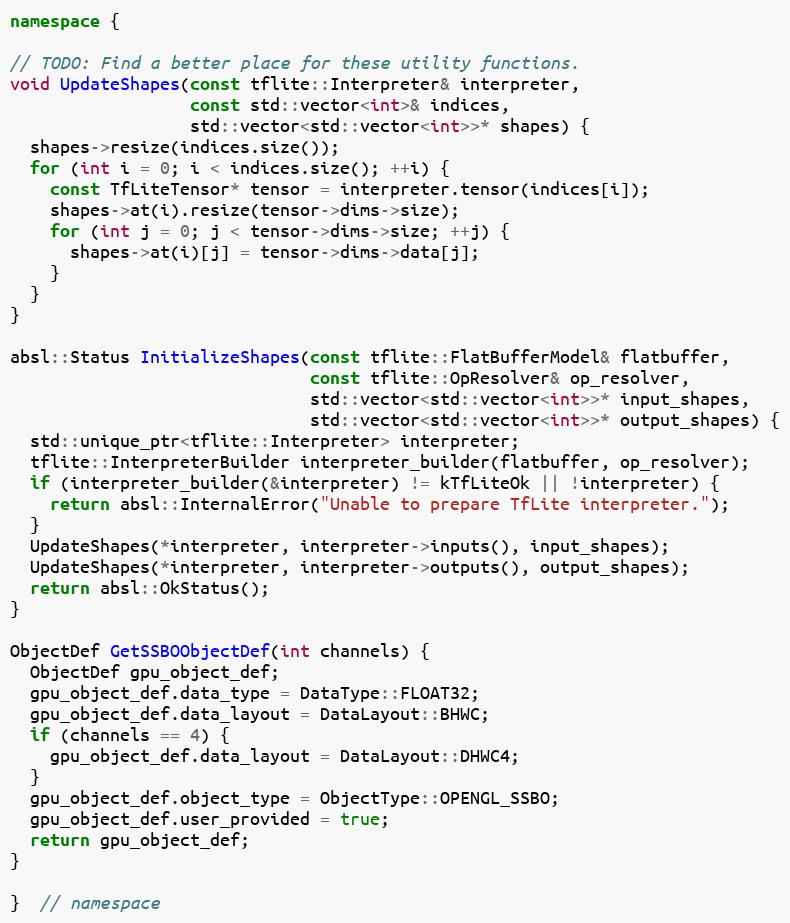
Language: C++
namespace {

// TODO: Find a better place for these utility functions.
void UpdateShapes(const tflite::Interpreter& interpreter,
                  const std::vector<int>& indices,
                  std::vector<std::vector<int>>* shapes) {
  shapes->resize(indices.size());
  for (int i = 0; i < indices.size(); ++i) {
    const TfLiteTensor* tensor = interpreter.tensor(indices[i]);
    shapes->at(i).resize(tensor->dims->size);
    for (int j = 0; j < tensor->dims->size; ++j) {
      shapes->at(i)[j] = tensor->dims->data[j];
    }
  }
}

absl::Status InitializeShapes(const tflite::FlatBufferModel& flatbuffer,
                              const tflite::OpResolver& op_resolver,
                              std::vector<std::vector<int>>* input_shapes,
                              std::vector<std::vector<int>>* output_shapes) {
  std::unique_ptr<tflite::Interpreter> interpreter;
  tflite::InterpreterBuilder interpreter_builder(flatbuffer, op_resolver);
  if (interpreter_builder(&interpreter) != kTfLiteOk || !interpreter) {
    return absl::InternalError("Unable to prepare TfLite interpreter.");
  }
  UpdateShapes(*interpreter, interpreter->inputs(), input_shapes);
  UpdateShapes(*interpreter, interpreter->outputs(), output_shapes);
  return absl::OkStatus();
}

ObjectDef GetSSBOObjectDef(int channels) {
  ObjectDef gpu_object_def;
  gpu_object_def.data_type = DataType::FLOAT32;
  gpu_object_def.data_layout = DataLayout::BHWC;
  if (channels == 4) {
    gpu_object_def.data_layout = DataLayout::DHWC4;
  }
  gpu_object_def.object_type = ObjectType::OPENGL_SSBO;
  gpu_object_def.user_provided = true;
  return gpu_object_def;
}

}  // namespace